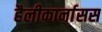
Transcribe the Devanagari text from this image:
हैलीकार्नासस